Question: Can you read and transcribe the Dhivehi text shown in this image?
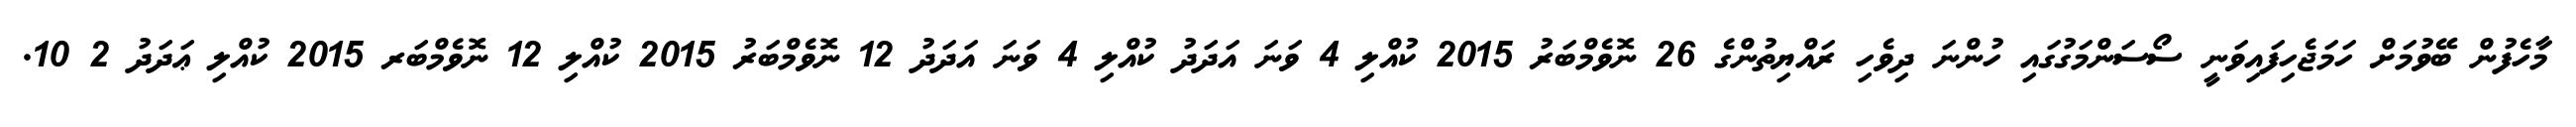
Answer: މާހެފުން ބޭވުމަށް ހަމަޖެހިފައިވަނީ ސޯސަންމަގުގައި ހުންނަ ދިވެހި ރައްޔިތުންގެ 26 ނޮވެމްބަރު 2015 ކުއްލި 4 ވަނަ އަދަދު ކުއްލި 4 ވަނަ އަދަދު 12 ނޮވެމްބަރު 2015 ކުއްލި 12 ނޮވެމްބަރ 2015 ކުއްލި ޢަދަދު 2 10.